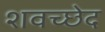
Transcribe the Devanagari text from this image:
शवच्छेद